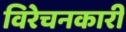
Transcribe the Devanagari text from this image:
विरेचनकारी